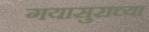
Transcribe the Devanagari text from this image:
गयासुराच्या